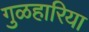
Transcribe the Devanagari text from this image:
गुळहारिया